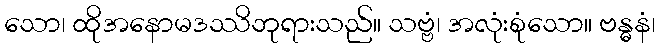
သော၊ ထိုအနောမဒဿိဘုရားသည်။ သဗ္ဗံ၊ အလုံးစုံသော။ ဗန္ဓနံ၊